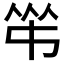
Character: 𠁮